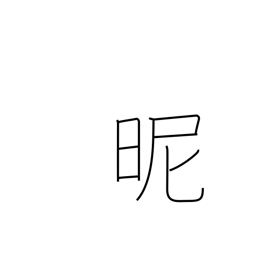
Meaning: reconcile